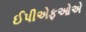
ઈપીએફઓએ